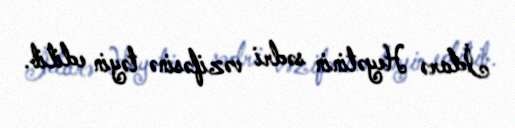
İdarə Heyətinin sədri vəzifəsinə təyin edilib.